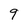
Character: 9